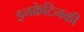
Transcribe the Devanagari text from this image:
इनक्रेटिनकी